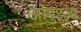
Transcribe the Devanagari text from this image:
ओगुरजा